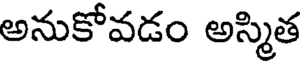
అనుకోవడం అస్మిత